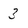
Character: 3